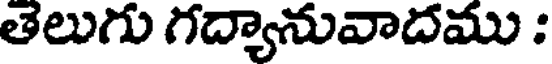
తలుగు గద్యానువాదము :